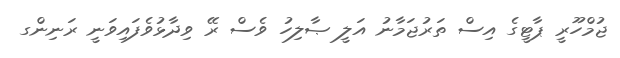
ޖުމްހޫރީ ޕާޓީގެ އިސް ތަރުޖަމާނު އަލީ ޞާލިހު ވެސް ރޭ ވިދާޅުވެފައިވަނީ ރަނިންގ